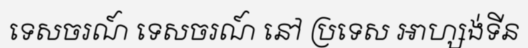
ទេសចរណ៍ ទេសចរណ៍ នៅ ប្រទេស អាហ្សង់ទីន